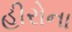
હીરોના